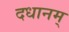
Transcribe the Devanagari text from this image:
दधानम्